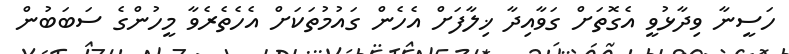
ހަސީނާ ވިދާޅުވީ އެގޮތަށް ގަވާއިދާ ޚިލާފަށް އެހެން ގައުމުތަކަށް އެހެތެރެވާ މީހުންގެ ސަބަބުން